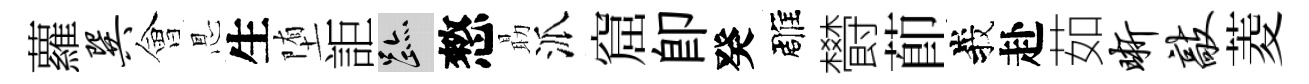
蘿巽會㤙生堕詎迹憗朂派窟卽癸雕欎莭峩赴茹晰敲菱